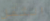
الثقل